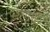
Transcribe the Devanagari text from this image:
दशेपासूनच